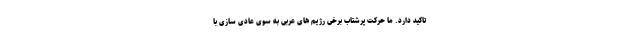
تاکید دارد. ما حرکت پرشتاب برخی رژیم های عربی به سوی عادی سازی با